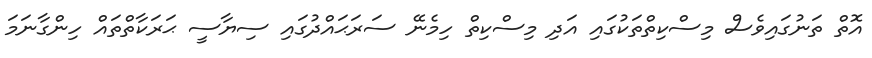
އޮތް ތަނުގައިވެސް މިސްކިތްތަކުގައި އަދި މިސްކިތް ހިމެނޭ ސަރަޙައްދުގައި ސިޔާސީ ޙަރަކާތްތައް ހިންގާނަމަ